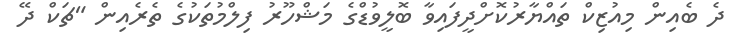
ދެ ބެއިން މިއުޒިކް ތައްޔާރުކޮށްދީފައިވާ ބޮލީވުޑްގެ މަޝްހޫރު ފިލްމުތަކުގެ ތެރެއިން "ޗަކް ދޭ